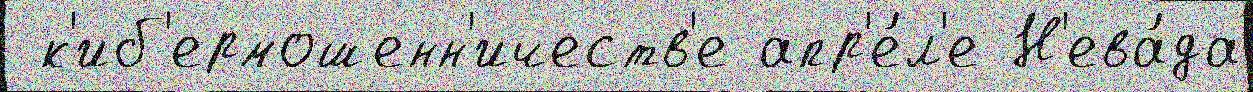
 к'иб'ермошенн'ичеств'е апр'е́л'е Н'ева́да